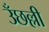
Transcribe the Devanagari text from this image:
उँछल्ली